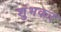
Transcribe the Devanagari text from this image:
शुंभकर